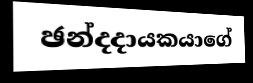
ඡන්දදායකයාගේ